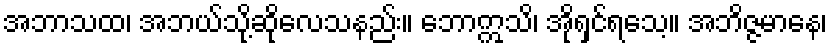
အဘာသထ၊ အဘယ်သို့ဆိုလေသနည်း။ ဘောဣသိ၊ အိုရှင်ရသေ့။ အဘိဇ္ဇမာနေ၊